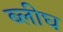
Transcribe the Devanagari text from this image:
ब्लीघ